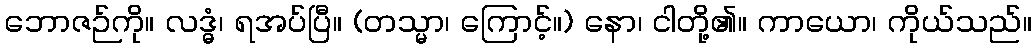
ဘောဇဉ်ကို။ လဒ္ဓံ၊ ရအပ်ပြီ။ (တသ္မာ၊ ကြောင့်။) နော၊ ငါတို့၏။ ကာယော၊ ကိုယ်သည်။